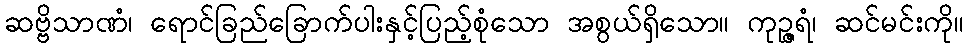
ဆဗ္ဗိသာဏံ၊ ရောင်ခြည်ခြောက်ပါးနှင့်ပြည့်စုံသော အစွယ်ရှိသော။ ကုဉ္ဇရံ၊ ဆင်မင်းကို။